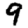
Digit: 9